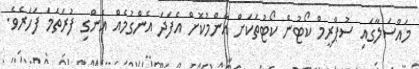
މައްސަލާގައި ސުޕްރީމް ކޯޓުން ކޯޓުތަކަށް އާންމުކޮށް އެފަދަ އެންގުމެއް އެންގި ފުރަތަމަ ފަހަރެވެ.